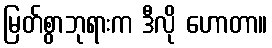
မြတ်စွာဘုရားက ဒီလို ဟောတာ။